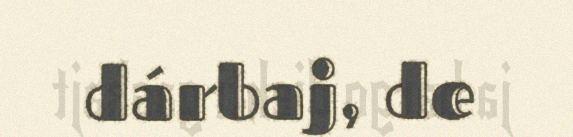
dárbaj, de